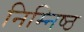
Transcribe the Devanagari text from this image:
निम्निष्ठ